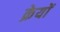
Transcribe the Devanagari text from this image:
क्रेयों